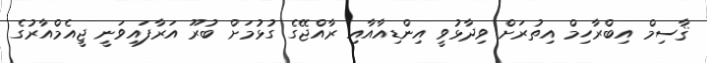
ޤާސިމް އިބްރާހިމް އިތުރަށް ވިދާޅުވީ އިންޑިއާއާއި ރާއްޖޭގެ ގުޅުމަށް ބުރޫ އަރާފައިވަނީ ޖީއެމްއާރުގެ